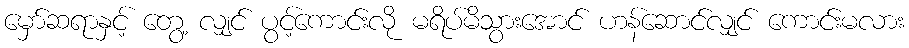
မှော်ဆရာနှင့် တွေ့ လျှင် ပွင့်ကောင်းလို မရိပ်မိသွားအောင် ဟန်ဆောင်လျှင် ကောင်းမလား